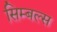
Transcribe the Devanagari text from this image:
सिम्बल्स